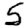
Digit: 5